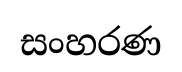
සංහරණ